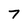
Character: 7